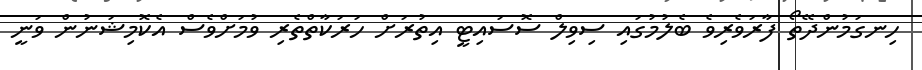
ހިނގަމުންދޭތޯ ފާރަވެރިވެ ބެލުމުގައި ސިވިލް ސޮސައިޓީ އިތުރަށް ހަރަކާތްތެރި ވުމަށްވެސް އެކޮމިޝަނުން ވަނީ